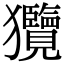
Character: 𤣟